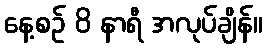
နေ့စဉ် 8 နာရီ အလုပ်ချိန်။